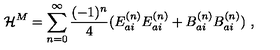
{ \cal H } ^ { M } = \sum _ { n = 0 } ^ { \infty } \frac { ( - 1 ) ^ { n } } { 4 } ( E _ { a i } ^ { ( n ) } E _ { a i } ^ { ( n ) } + B _ { a i } ^ { ( n ) } B _ { a i } ^ { ( n ) } ) \ ,